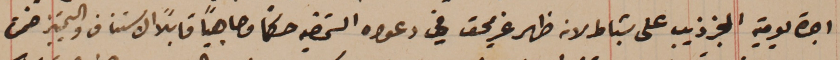
اجرة يومية المجز ذيب على شباط لانه ظهر غير محق في دعواه الشخصيه حكماً وجاهياً قابلاً الاستناف والتمييز ضمن